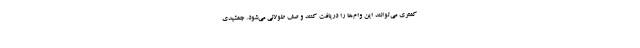
کمتری می‌توانند این وام‌ها را دریافت کنند و صف طولانی می‌شود. جمشیدی